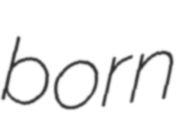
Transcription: born